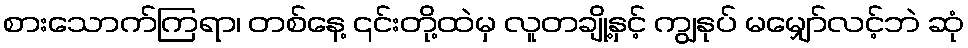
စားသောက်ကြရာ၊ တစ်နေ့ ၎င်းတို့ထဲမှ လူတချို့နှင့် ကျွနုပ် မမျှော်လင့်ဘဲ ဆုံ